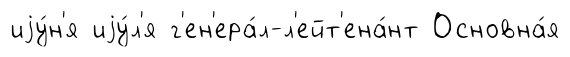
иjу́н'я иjу́л'я г'ен'ера́л-л'ейт'ена́нт Основна́я